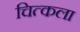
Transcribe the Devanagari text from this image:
चित्कला